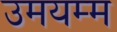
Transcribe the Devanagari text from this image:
उमयम्म